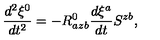
\frac { d ^ { 2 } \xi ^ { 0 } } { d t ^ { 2 } } = - R _ { a z b } ^ { 0 } \frac { d \xi ^ { a } } { d t } S ^ { z b } ,